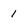
Character: 1